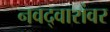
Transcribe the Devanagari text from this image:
नवद्वारांवर